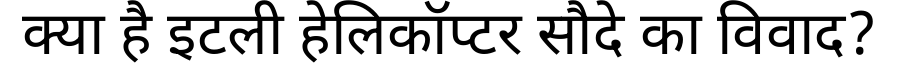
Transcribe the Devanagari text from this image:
क्या है इटली हेलिकॉप्टर सौदे का विवाद?